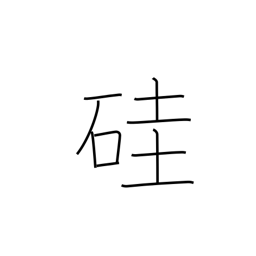
Meaning: silicon